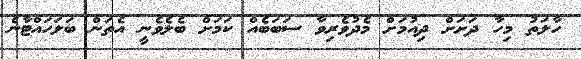
ހާލަތު މިހާ ދަށަށް ދިއުމަށް މެދުވެރިވާ ސަބަބެއް ކަމަށް ބެލެވެނީ އެތަން ބަލަހައްޓާނެ